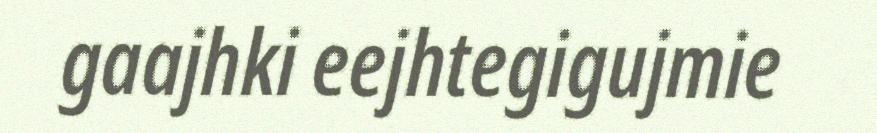
gaajhki eejhtegigujmie